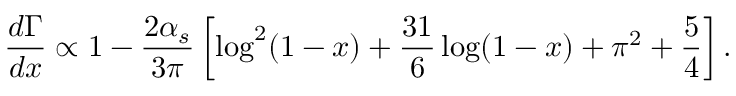
\frac { d \Gamma } { d x } \propto 1 - \frac { 2 \alpha _ { s } } { 3 \pi } \left[ \log ^ { 2 } ( 1 - x ) + \frac { 3 1 } { 6 } \log ( 1 - x ) + \pi ^ { 2 } + \frac 5 4 \right] .